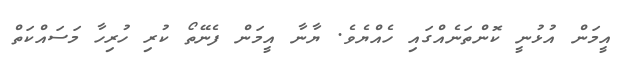
އީމަން އުޅުނީ ކޮންތަނެއްގައި ހެއްޔެވެ. ޔާނާ އީމަން ފެނޭތޯ ކުރި ހުރިހާ މަސައްކަތް